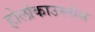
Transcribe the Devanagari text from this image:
होलोकाउस्तोस